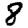
Digit: 8